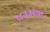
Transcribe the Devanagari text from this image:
१८३३च्या